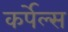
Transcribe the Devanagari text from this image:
कर्पेल्स